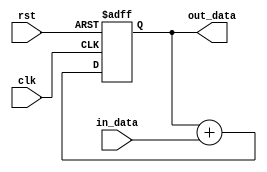
module fixed_point_accumulator (
    input wire clk,
    input wire rst,
    input wire [W-1:0] in_data,
    output reg [W-1:0] out_data
);

parameter W = 16; // Adjust the precision here

reg [W-1:0] accumulator;

always @(posedge clk or posedge rst) begin
    if (rst) begin
        accumulator <= 0;
    end else begin
        accumulator <= accumulator + in_data;
    end
end

assign out_data = accumulator;

endmodule